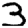
Digit: 3